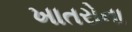
ખાતરોના